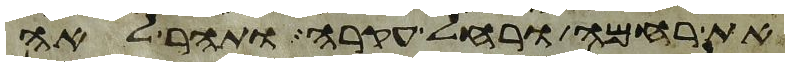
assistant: את רחמה ורחל עקרה ותהר לאה